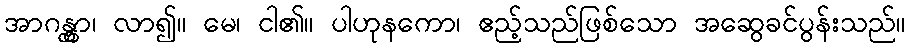
အာဂန္တွာ၊ လာ၍။ မေ၊ ငါ၏။ ပါဟုနကော၊ ဧည့်သည်ဖြစ်သော အဆွေခင်ပွန်းသည်။